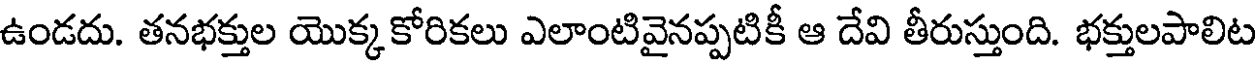
ఉండదు. తనభక్తుల యొక్కకోరికలు ఎలాంటివైనప్పటికీ ఆ దేవి తీరుస్తుంది. భక్తులపాలిట